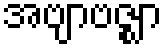
အဗျာဗဇ္ဈာ